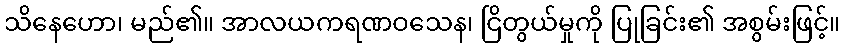
သိနေဟော၊ မည်၏။ အာလယကရဏဝသေန၊ ငြိတွယ်မှုကို ပြုခြင်း၏ အစွမ်းဖြင့်။